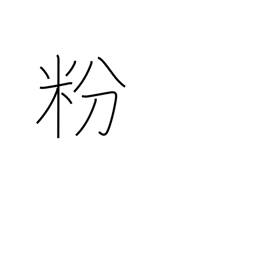
Meaning: flour